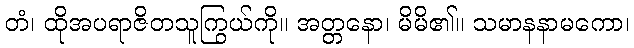
တံ၊ ထိုအပရာဇိတသူကြွယ်ကို။ အတ္တနော၊ မိမိ၏။ သမာနနာမကော၊